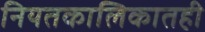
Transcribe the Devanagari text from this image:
नियतकालिकातही